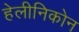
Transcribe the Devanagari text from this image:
हेलीनिकोन